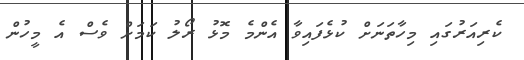
ކެރިއަރުގައި މިހާތަނަށް ކުޅެފައިވާ އެންމެ މޮޅު ރޯލު ކަމަށް ވެސް އެ މީހުން